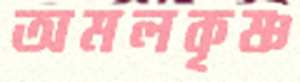
অমলকৃষ্ণ